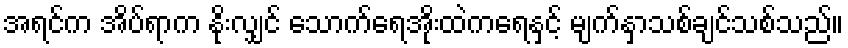
အရင်က အိပ်ရာက နိုးလျှင် သောက်ရေအိုးထဲကရေနှင့် မျက်နှာသစ်ချင်သစ်သည်။